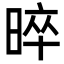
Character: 晬